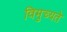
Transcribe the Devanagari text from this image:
विमुच्यते